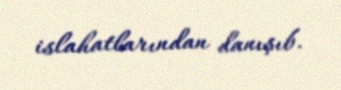
islahatlarından danışıb.